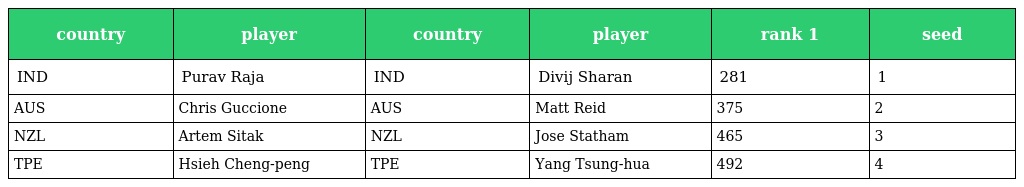
| country | player | country | player | rank 1 | seed |
 | --- | --- | --- | --- | --- | --- |
 | IND | Purav Raja | IND | Divij Sharan | 281 | 1 |
 | AUS | Chris Guccione | AUS | Matt Reid | 375 | 2 |
 | NZL | Artem Sitak | NZL | Jose Statham | 465 | 3 |
 | TPE | Hsieh Cheng-peng | TPE | Yang Tsung-hua | 492 | 4 |